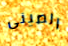
الصينى